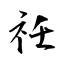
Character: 祍